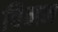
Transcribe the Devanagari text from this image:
बिनन